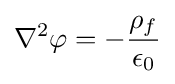
\mathbf {\nabla } ^{2}\varphi =-{\frac {\rho _{f}}{\epsilon _{0}}}